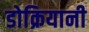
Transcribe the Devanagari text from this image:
डोक्रियानी